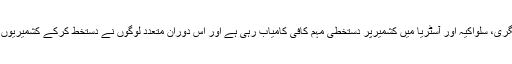
ر) وسطی یورپ کے تین ملکوں ہنگری، سلواکیہ اور آسٹریا میں کشمیرپر دستخطی مہم کافی کامیاب رہی ہے اور اس دوران متعدد لوگوں نے دستخط کرکے کشمیریوں کے حقوق کی حمایت کا اعلان کیا۔